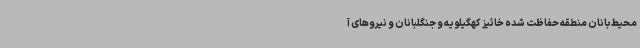
محیط‌بانان منطقه حفاظت شده خائیز کهگیلویه و جنگلبانان و نیروهای آ